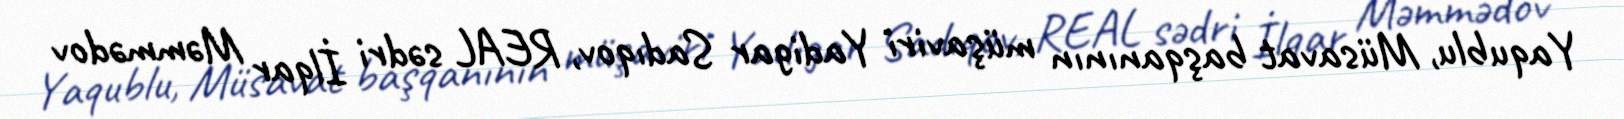
Yaqublu, Müsavat başqanının müşaviri Yadigar Sadıqov, REAL sədri İlqar Məmmədov